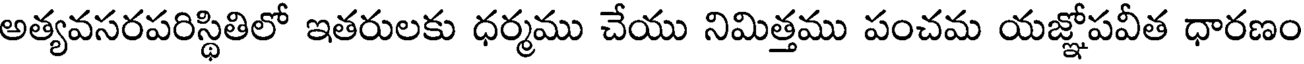
అత్యవసరపరిస్థితిలో ఇతరులకు ధర్మము చేయు నిమిత్తము పంచమ యజ్ఞోపవీత ధారణం